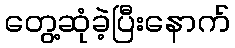
တွေ့ဆုံခဲ့ပြီးနောက်